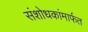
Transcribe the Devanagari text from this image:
संशोधकांमार्फत